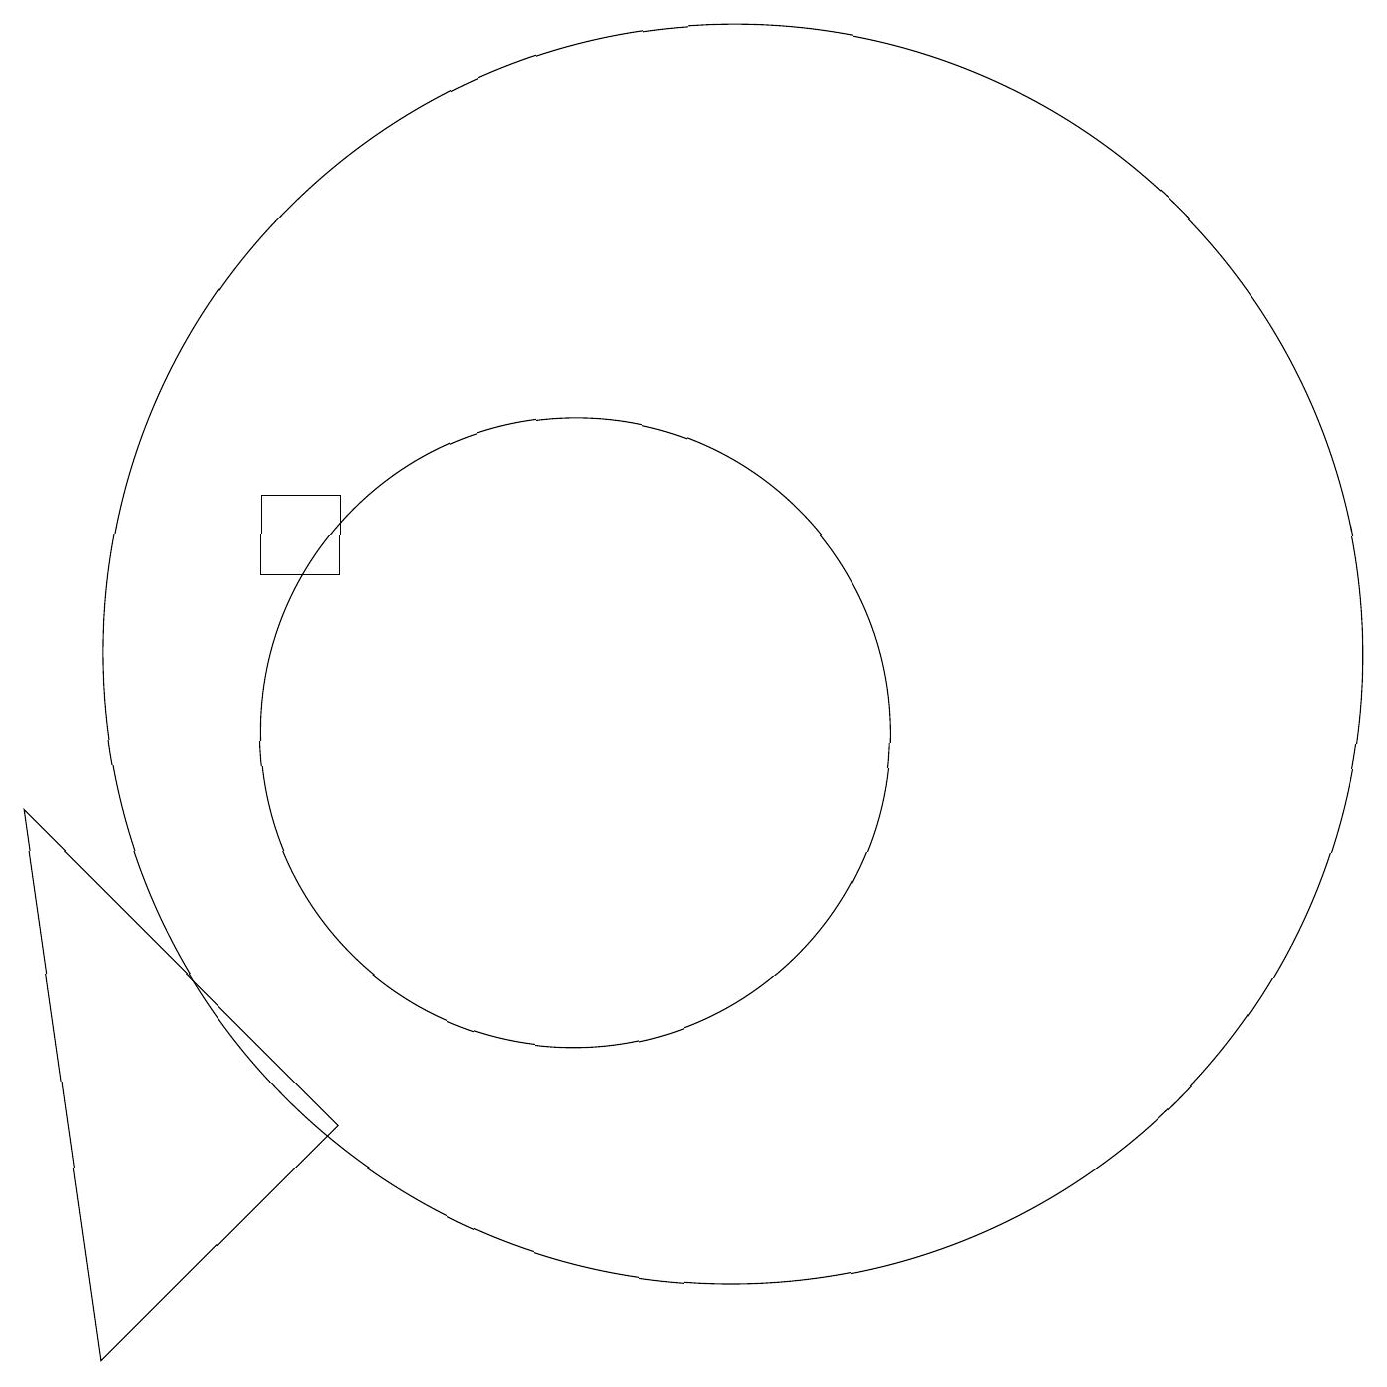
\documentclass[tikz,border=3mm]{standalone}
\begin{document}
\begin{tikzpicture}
\draw (7,5) -- (4,2) -- (3,9) -- cycle;
\draw (12,11) circle (8);
\draw (10,10) circle (4);
\draw (6,13) rectangle (7,12);
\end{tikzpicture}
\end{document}